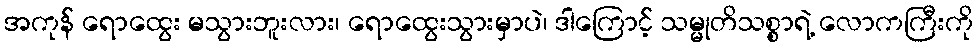
အကုန် ရောထွေး မသွားဘူးလား၊ ရောထွေးသွားမှာပဲ၊ ဒါကြောင့် သမ္မုတိသစ္စာရဲ့ လောကကြီးကို